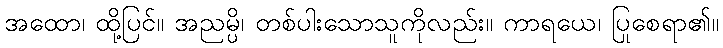
အထော၊ ထို့ပြင်။ အညမ္ပိ၊ တစ်ပါးသောသူကိုလည်း။ ကာရယေ၊ ပြုစေရာ၏။